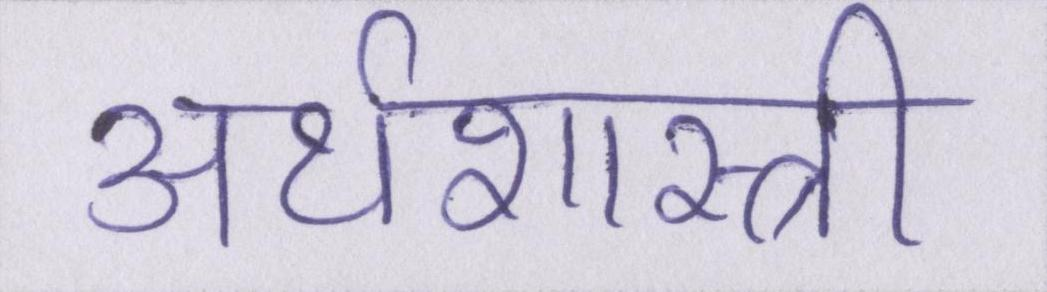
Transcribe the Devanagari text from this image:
अर्थशास्त्री